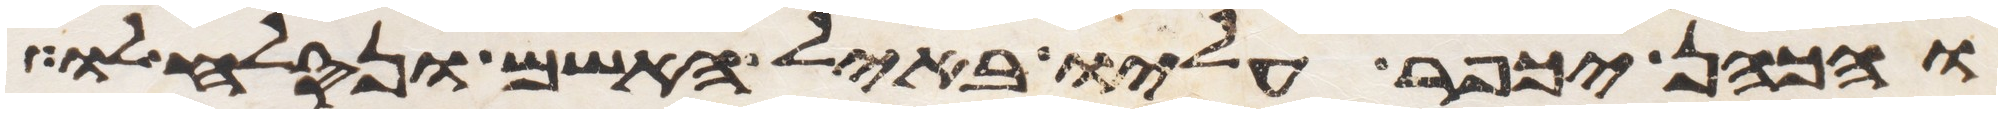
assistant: והכהן יכפר עליו באיל האשם ונסלח לו